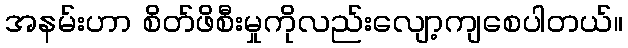
အနမ်းဟာ စိတ်ဖိစီးမှုကိုလည်းလျော့ကျစေပါတယ်။